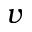
v